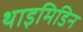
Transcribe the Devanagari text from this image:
थाइमिडिन